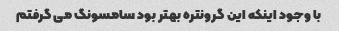
با وجود اینکه این گرونتره بهتر بود سامسونگ می گرفتم